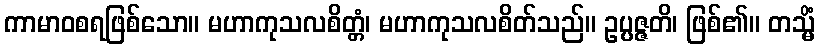
ကာမာဝစရဖြစ်သော။ မဟာကုသလစိတ္တံ၊ မဟာကုသလစိတ်သည်။ ဥပ္ပဇ္ဇတိ၊ ဖြစ်၏။ တသ္မိံ